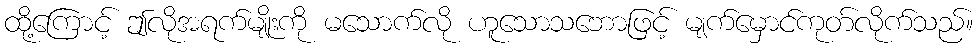
ထို့ကြောင့် ဤလိုအရက်မျိုးကို မသောက်လို ဟူသောသဘောဖြင့် မျက်မှောင်ကုတ်လိုက်သည်။